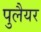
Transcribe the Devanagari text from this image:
पुलैयर